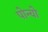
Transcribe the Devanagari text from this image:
पोन्यो